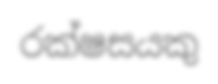
රක්ෂසයකු